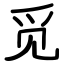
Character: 觅